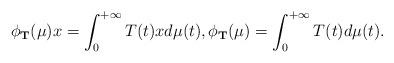
LaTeX: \begin{align*} \phi_{\bf T}(\mu)x= \int_0^{+\infty}T(t)xd\mu(t), \phi_{\bf T}(\mu)= \int_0^{+\infty}T(t)d\mu(t).\end{align*}